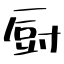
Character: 厨